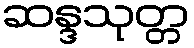
ဆန္ဒသုတ္တ